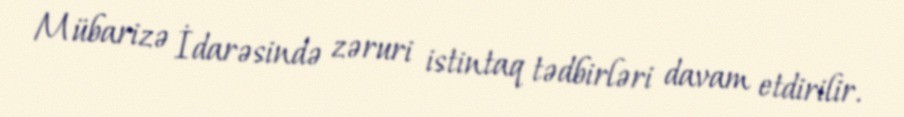
Mübarizə İdarəsində zəruri istintaq tədbirləri davam etdirilir.